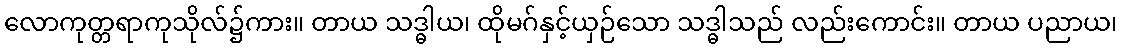
လောကုတ္တရာကုသိုလ်၌ကား။ တာယ သဒ္ဓါယ၊ ထိုမဂ်နှင့်ယှဉ်သော သဒ္ဓါသည် လည်းကောင်း။ တာယ ပညာယ၊